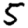
Digit: 5